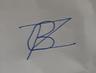
Signature authenticity: forged